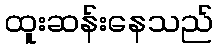
ထူးဆန်းနေသည်